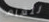
للعام